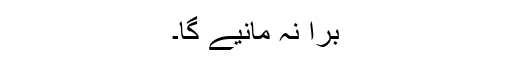
برا نہ مانیے گا۔